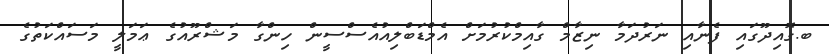
ބ.ގޮއިދޫގައި ފެނާއި ނަރުދަމާ ނިޒާމް ގާއިމްކުރުމަށް އެމްޑަބްލިއުއެސްސީން ހިންގާ މަޝްރޫއުގެ ޢަމަލީ މަސައްކަތުގެ